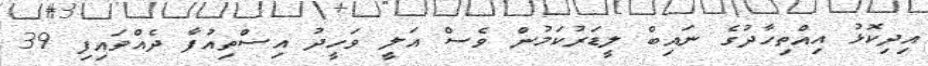
އިދިކޮޅު އިއްތިހާދުގެ ނައިބް ލީޑަރުކަމުން ވެސް އަލީ ވަހީދު އިސްތިއުފާ ދެއްވައިފި 39